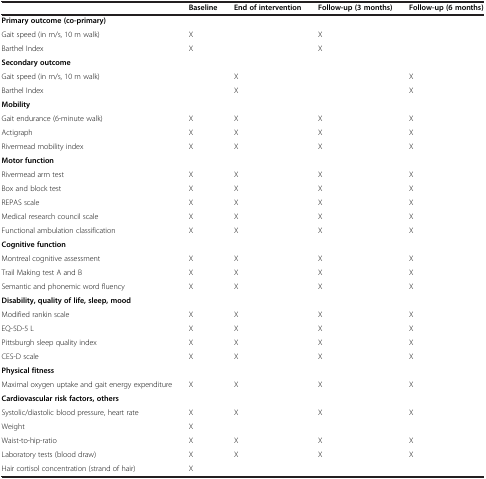
<table><thead><tr><td><b> </b></td><td><b>Baseline</b></td><td><b>End of intervention</b></td><td><b>Follow-up (3 months)</b></td><td><b>Follow-up (6 months)</b></td></tr></thead><tbody><tr><td><b>Primary outcome (co-primary)</b></td><td> </td><td> </td><td> </td><td> </td></tr><tr><td>Gait speed (in m/s, 10 m walk)</td><td>X</td><td> </td><td>X</td><td> </td></tr><tr><td>Barthel Index</td><td>X</td><td> </td><td>X</td><td> </td></tr><tr><td><b>Secondary outcome</b></td><td> </td><td> </td><td> </td><td> </td></tr><tr><td>Gait speed (in m/s, 10 m walk)</td><td> </td><td>X</td><td> </td><td>X</td></tr><tr><td>Barthel Index</td><td> </td><td>X</td><td> </td><td>X</td></tr><tr><td><b>Mobility</b></td><td> </td><td> </td><td> </td><td> </td></tr><tr><td>Gait endurance (6-minute walk)</td><td>X</td><td>X</td><td>X</td><td>X</td></tr><tr><td>Actigraph</td><td>X</td><td>X</td><td>X</td><td>X</td></tr><tr><td>Rivermead mobility index</td><td>X</td><td>X</td><td>X</td><td>X</td></tr><tr><td><b>Motor function</b></td><td> </td><td> </td><td> </td><td> </td></tr><tr><td>Rivermead arm test</td><td>X</td><td>X</td><td>X</td><td>X</td></tr><tr><td>Box and block test</td><td>X</td><td>X</td><td>X</td><td>X</td></tr><tr><td>REPAS scale</td><td>X</td><td>X</td><td>X</td><td>X</td></tr><tr><td>Medical research council scale</td><td>X</td><td>X</td><td>X</td><td>X</td></tr><tr><td>Functional ambulation classification</td><td>X</td><td>X</td><td>X</td><td>X</td></tr><tr><td><b>Cognitive function</b></td><td> </td><td> </td><td> </td><td> </td></tr><tr><td>Montreal cognitive assessment</td><td>X</td><td>X</td><td>X</td><td>X</td></tr><tr><td>Trail Making test A and B</td><td>X</td><td>X</td><td>X</td><td>X</td></tr><tr><td>Semantic and phonemic word fluency</td><td>X</td><td>X</td><td>X</td><td>X</td></tr><tr><td><b>Disability, quality of life, sleep, mood</b></td><td> </td><td> </td><td> </td><td> </td></tr><tr><td>Modified rankin scale</td><td>X</td><td>X</td><td>X</td><td>X</td></tr><tr><td>EQ-5D-5 L</td><td>X</td><td>X</td><td>X</td><td>X</td></tr><tr><td>Pittsburgh sleep quality index</td><td>X</td><td>X</td><td>X</td><td>X</td></tr><tr><td>CES-D scale</td><td>X</td><td>X</td><td>X</td><td>X</td></tr><tr><td><b>Physical fitness</b></td><td> </td><td> </td><td> </td><td> </td></tr><tr><td>Maximal oxygen uptake and gait energy expenditure</td><td>X</td><td>X</td><td>X</td><td>X</td></tr><tr><td><b>Cardiovascular risk factors, others</b></td><td> </td><td> </td><td> </td><td> </td></tr><tr><td>Systolic/diastolic blood pressure, heart rate</td><td>X</td><td>X</td><td>X</td><td>X</td></tr><tr><td>Weight</td><td>X</td><td> </td><td> </td><td> </td></tr><tr><td>Waist-to-hip-ratio</td><td>X</td><td>X</td><td>X</td><td>X</td></tr><tr><td>Laboratory tests (blood draw)</td><td>X</td><td>X</td><td>X</td><td>X</td></tr><tr><td>Hair cortisol concentration (strand of hair)</td><td>X</td><td> </td><td> </td><td> </td></tr></tbody></table>